[Report on the health of British troops in the Madras command]
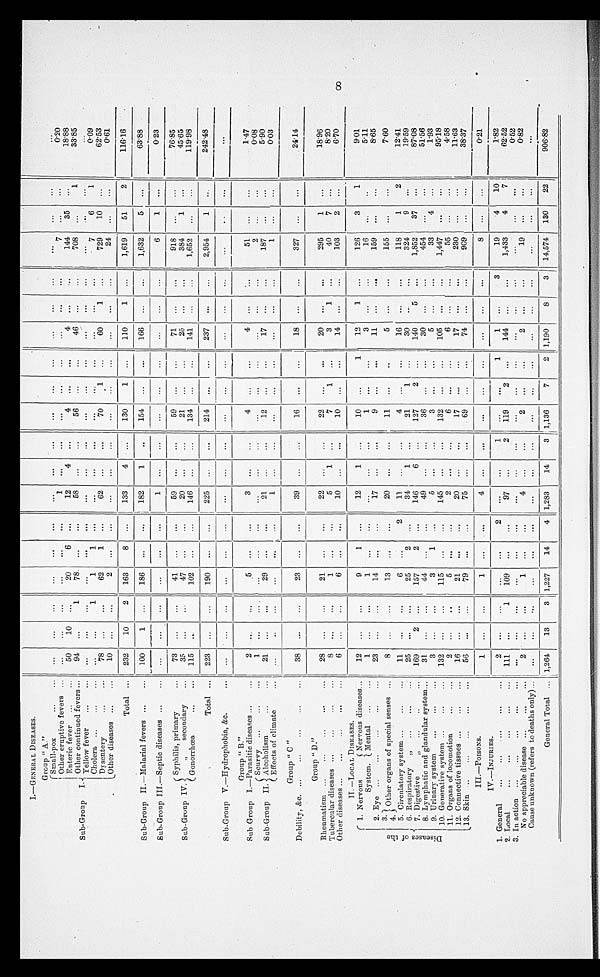
I . — G E N E R A L D I S E A S E S .
•
1
-
Group "A"
1 -
Sub-Group
I.
.
Small-pox
.••
•••
•••
•••
•••
..•
...
•••
...
4 ••
..•
•• .
Other eruptive fevers .. 1 ...
...
...
•••
•••
—
...
...
...
0'20
Enteric fever
...
... 1
50
10
20
6
...
12
4
—
144
35
...
18'88
Other continued fevers ...
94
..,
78
...
...
58
...
...
56
...
—
46
...
...
708
...
1
33'85
Yellow fever
.
0•11
•••
•• 0
I••
•••
...
...
e•
...
...
Cholera ...
..•
•••
".
•••
1
1
1
•61
•••
0•0
•••
..•
••.
•••
- 7
6
1
0.09
Dysenter
...
78
...
...
62
1
...
62
...
...
70
1
...
60
1
...
729
10 ...
62'53
0ther diseases
(Othe
...
... I 10 ...
...
•••
.••
...
•••
...
...
24
...
...
0'61
-
Total ... 1 232
10
163
8 ...
133
4
...
130
1
_
110
1
...
1,619
51
116.16
Sub-Group IL —Malarial fevers ...
... 1 100
I
1
...
186
...
...
182
1
..
15
...
...
166
...
...
1,632
5 ...
63-88
Sub-Group IIL—Septic diseases ...
...
-
...
...
...
•••
•••
1
•••
•••
• ••
•.•
...
...
...
...
1
...
I
0.23
(
Sub-Group IV. j
(
Syphilis, primary
41
59
...
...
59
...
...
71
...
_
918
...
...
76'85
.,
secondary
••
384
1
...
45'65
Gonorrhoea
...
...
115
I
...
102
...
...
146
...
...
134
I 141
...
...
1,652
...
...
119.98
Total — I 223
1
*** I
190
...
...
225
...
...
214
...
...
237
...
...
2,954
1
-
242'48
-
S ub-Group V.—Hydrophobia, &c.
...
...
...
...
...
...
--
...
...
...
...
..
...
,..
Group " B."
Sub Group I.—Parasitic diseases ...
...
2
...
,..
5
3
...
...
4
4
51
...
...
1'47
Sub-Group II.
Scurvy ...
...
...
1 ...
...
...
...
...
•••
2
0'08
Alcoholis
21
29
21
...
...
12
...
17
...
187
...
...
5'90
Effects of climate
...
...
...
1
...
...
...
0.03
-
Group " C "
1
D ebility, &c. ...
...
...
..,
...
38
,..
...
23
...
...
39
...
...
16
18
...
...
327
...
...
24'14
— -
Group "D."
Rheumatism ...
...
...
...
...
28
...
...
21
2
...
22
20
...
...
295
1
...
18'96
Tubercular diseases ...
...
8
...
1
...
...
5
1
...
7
1
...
3
1
...
40
7
...
8'20
Other diseases ...
...
...
...
...
6
6
10 ...
10 ..,
—
14
...
...
103
2
...
Y
6'70
II. -LOCAL DISEASES.
0
. .
. 4,
,°
j
F. ; '
V. ,
.`4
r 1. Nervous
( Nervous diseases_
12
..,
...
9
1
12
1
...
10 ...
1
12
1 ...
126
3
1
9.01
System. L Mental ..,
...
1
1
...
...
•••
...
...
1
...
...
16
...
..
5'11
2.
•
, 23
...
...
14
17 ...
...
9
11 ...
...
159
...
...
8'65
3. Other organs of special senses
I
13
...
20
...
...
11 ...
..
155
...
...
7'60
4.
5. Circulatory system ...
...
... 1 11
...
...
6
...
11
...
...
4
...
16
...
...
118
1
2
12'41
6. Respiratory
„
...
...
...
25
...
...
25
2
...
34
1
...
21
...
324
9
...
19'59
7. Digestive
169
2 ...
157
2
146
...
127
140
5
...
1,852
37
...
87'08
8. Lymphatic and glandular system_
31
...
..,
44 ...
49
36
...
...
30 ...
...
454
...
...
51-56
9. Urinary system
...
...
... 1
3
...
...
3
1
...
5
•••
...
5
...
...
33
4
...
1'93
10. Generative system ...
...
...
132
...
...
I 115
...
...
145
...
...
132
...
...
105
—
...
1,447
...
...
95.18
11. Organs of locomotion
...
...
2
6
... 1 ...
55
...
...
I
4'58
12. Connective tissues ...
16
21
20
17
._
...
230
...
...
11-63
.,13. Skin —
......
—
...
56
...
...
79
...
...
75
...
...
69
74
...
...
909
...
...
1
38'37
III.—PoisoNs.
1
1
...
-. 1
1
...
...
...
...
...
...
___- -
...
8
... 1 ...
-
_
021
IV.-INJURIES.
—
— -
1. General
...
...
..
_
...
•..
1
1 ...
3
19
4
10
P82
2. Local
111
...
1
109 ...
...
9'7
...
2
119
2 ...
144
...
...
1,433
4
7
62.52
3. In action ...
...
...
...
...
...
...
..
•••
...
..•
...
...
...
...
...
...
...
0.52
No appreciable disease ...
...
... 1
2
...
...
2
...
...
19
,..
...
0'82
Cause unknown (refers to deaths only)... 1 ...
...
...
...
...
...
•••
•..
•••
.
...
...
...
•.. I
•••
General Total ... 1,264
I
13
I
3 I
I
1,227
14
4 1,283
14
3 .
I
1,136
7-
1,190
8
3 !
I
14,574
130
22 )
906.82
CO